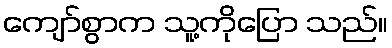
ကျော်စွာက သူ့ကိုပြော သည်။